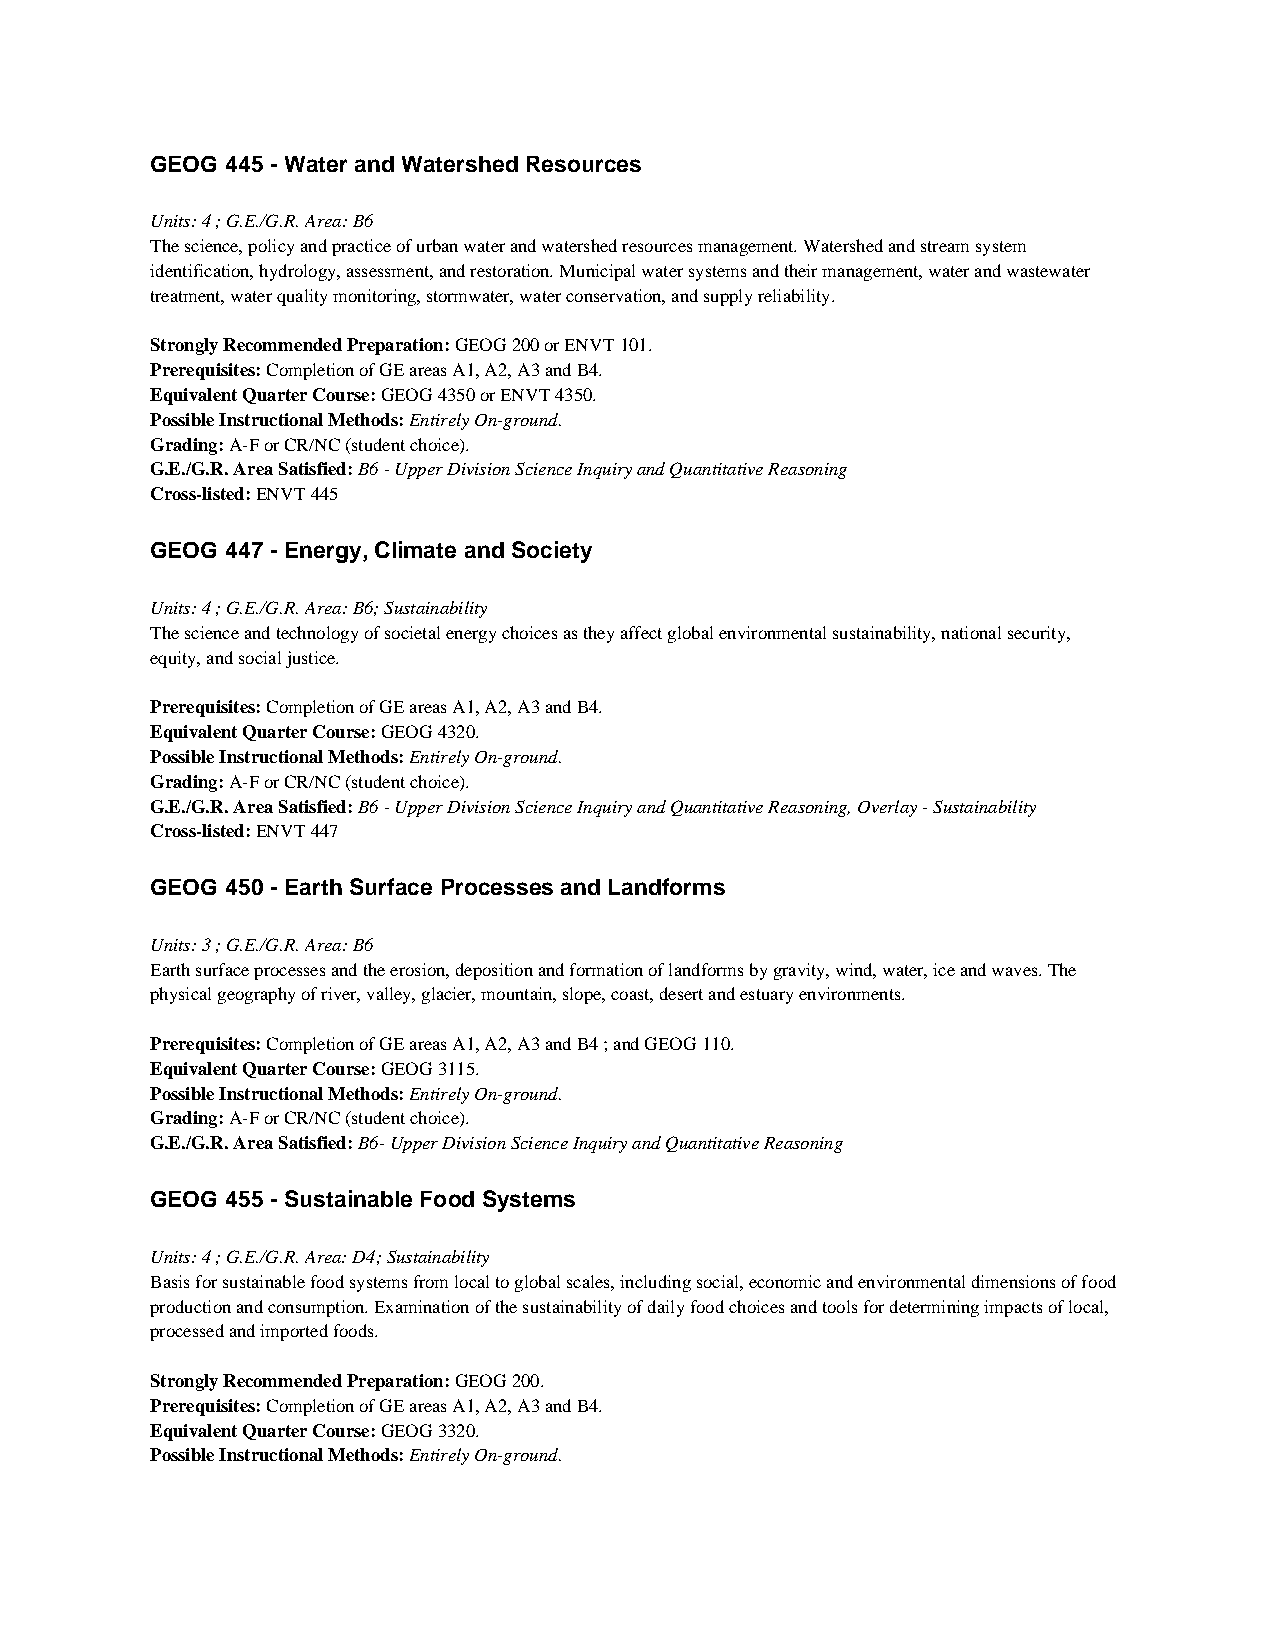
GEOG 445 - Water and Watershed Resources
 Units: 4 ; G.E./G.R. Area: B6
 The science, policy and practice of urban water and watershed resources management. Watershed and stream system
 identification, hydrology, assessment, and restoration. Municipal water systems and their management, water and wastewater
 treatment, water quality monitoring, stormwater, water conservation, and supply reliability.
 Strongly Recommended Preparation: GEOG 200 or ENVT 101.
 Prerequisites: Completion of GE areas A1, A2, A3 and B4.
 Equivalent Quarter Course: GEOG 4350 or ENVT 4350.
 Possible Instructional Methods: Entirely On-ground.
 Grading: A-F or CR/NC (student choice).
 G.E./G.R. Area Satisfied: B6 - Upper Division Science Inquiry and Quantitative Reasoning
 Cross-listed: ENVT 445
 GEOG 447 - Energy, Climate and Society
 Units: 4 ; G.E./G.R. Area: B6; Sustainability
 The science and technology of societal energy choices as they affect global environmental sustainability, national security,
 equity, and social justice.
 Prerequisites: Completion of GE areas A1, A2, A3 and B4.
 Equivalent Quarter Course: GEOG 4320.
 Possible Instructional Methods: Entirely On-ground.
 Grading: A-F or CR/NC (student choice).
 G.E./G.R. Area Satisfied: B6 - Upper Division Science Inquiry and Quantitative Reasoning, Overlay - Sustainability
 Cross-listed: ENVT 447
 GEOG 450 - Earth Surface Processes and Landforms
 Units: 3 ; G.E./G.R. Area: B6
 Earth surface processes and the erosion, deposition and formation of landforms by gravity, wind, water, ice and waves. The
 physical geography of river, valley, glacier, mountain, slope, coast, desert and estuary environments.
 Prerequisites: Completion of GE areas A1, A2, A3 and B4 ; and GEOG 110.
 Equivalent Quarter Course: GEOG 3115.
 Possible Instructional Methods: Entirely On-ground.
 Grading: A-F or CR/NC (student choice).
 G.E./G.R. Area Satisfied: B6- Upper Division Science Inquiry and Quantitative Reasoning
 GEOG 455 - Sustainable Food Systems
 Units: 4 ; G.E./G.R. Area: D4; Sustainability
 Basis for sustainable food systems from local to global scales, including social, economic and environmental dimensions of food
 production and consumption. Examination of the sustainability of daily food choices and tools for determining impacts of local,
 processed and imported foods.
 Strongly Recommended Preparation: GEOG 200.
 Prerequisites: Completion of GE areas A1, A2, A3 and B4.
 Equivalent Quarter Course: GEOG 3320.
 Possible Instructional Methods: Entirely On-ground.